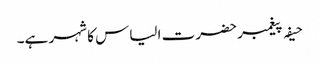
حیفہ پیغمبر حضرت الیاس کا شہر ہے۔